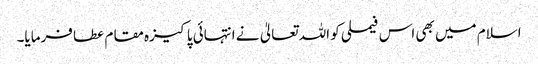
اسلام میں بھی اس فیملی کو اللہ تعالیٰ نے انتہائی پاکیزہ مقام عطا فرمایا۔